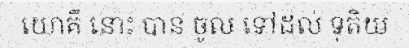
យោគី នោះ បាន ចូល ទៅដល់ ទុតិយ